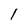
Character: 1